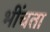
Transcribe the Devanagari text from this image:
भींचता